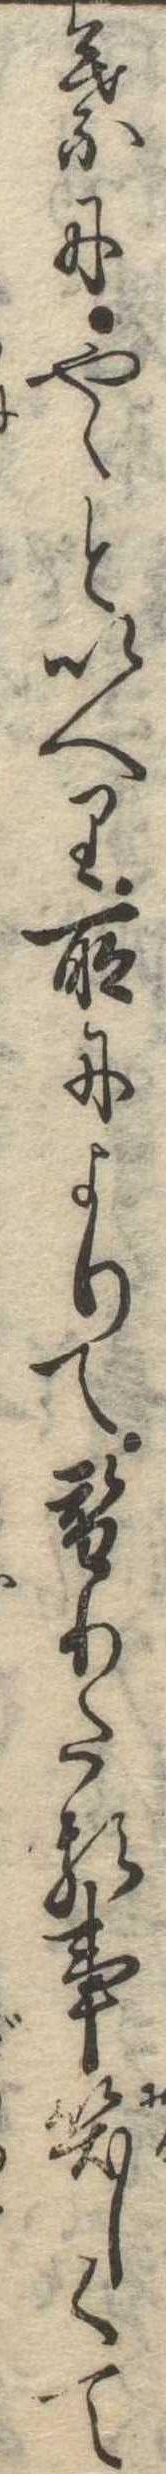
葉にやゝといへり所によりて替りたる事笑しくて